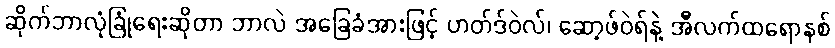
ဆိုက်ဘာလုံခြုံရေးဆိုတာ ဘာလဲ အခြေခံအားဖြင့် ဟတ်ဒ်ဝဲလ်၊ ဆော့ဖ်ဝဲရ်နဲ့ အီလက်ထရောနစ်